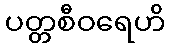
ပတ္တစီဝရေဟိ